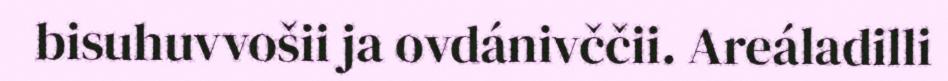
bisuhuvvošii ja ovdánivččii. Areáladilli